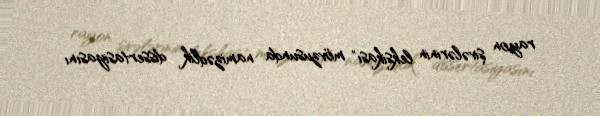
rayon şivələrinin leksikası" mövzusunda namizədlik dissertasiyasını